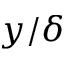
y / \delta